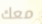
معك